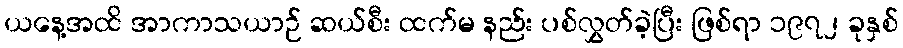
ယနေ့အထိ အာကာသယာဉ် ဆယ်စီး ထက်မ နည်း ပစ်လွှတ်ခဲ့ပြီး ဖြစ်ရာ ၁၉၇၂ ခုနှစ်